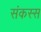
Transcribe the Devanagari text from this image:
संकस्स